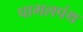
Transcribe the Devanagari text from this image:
पागलपंथ